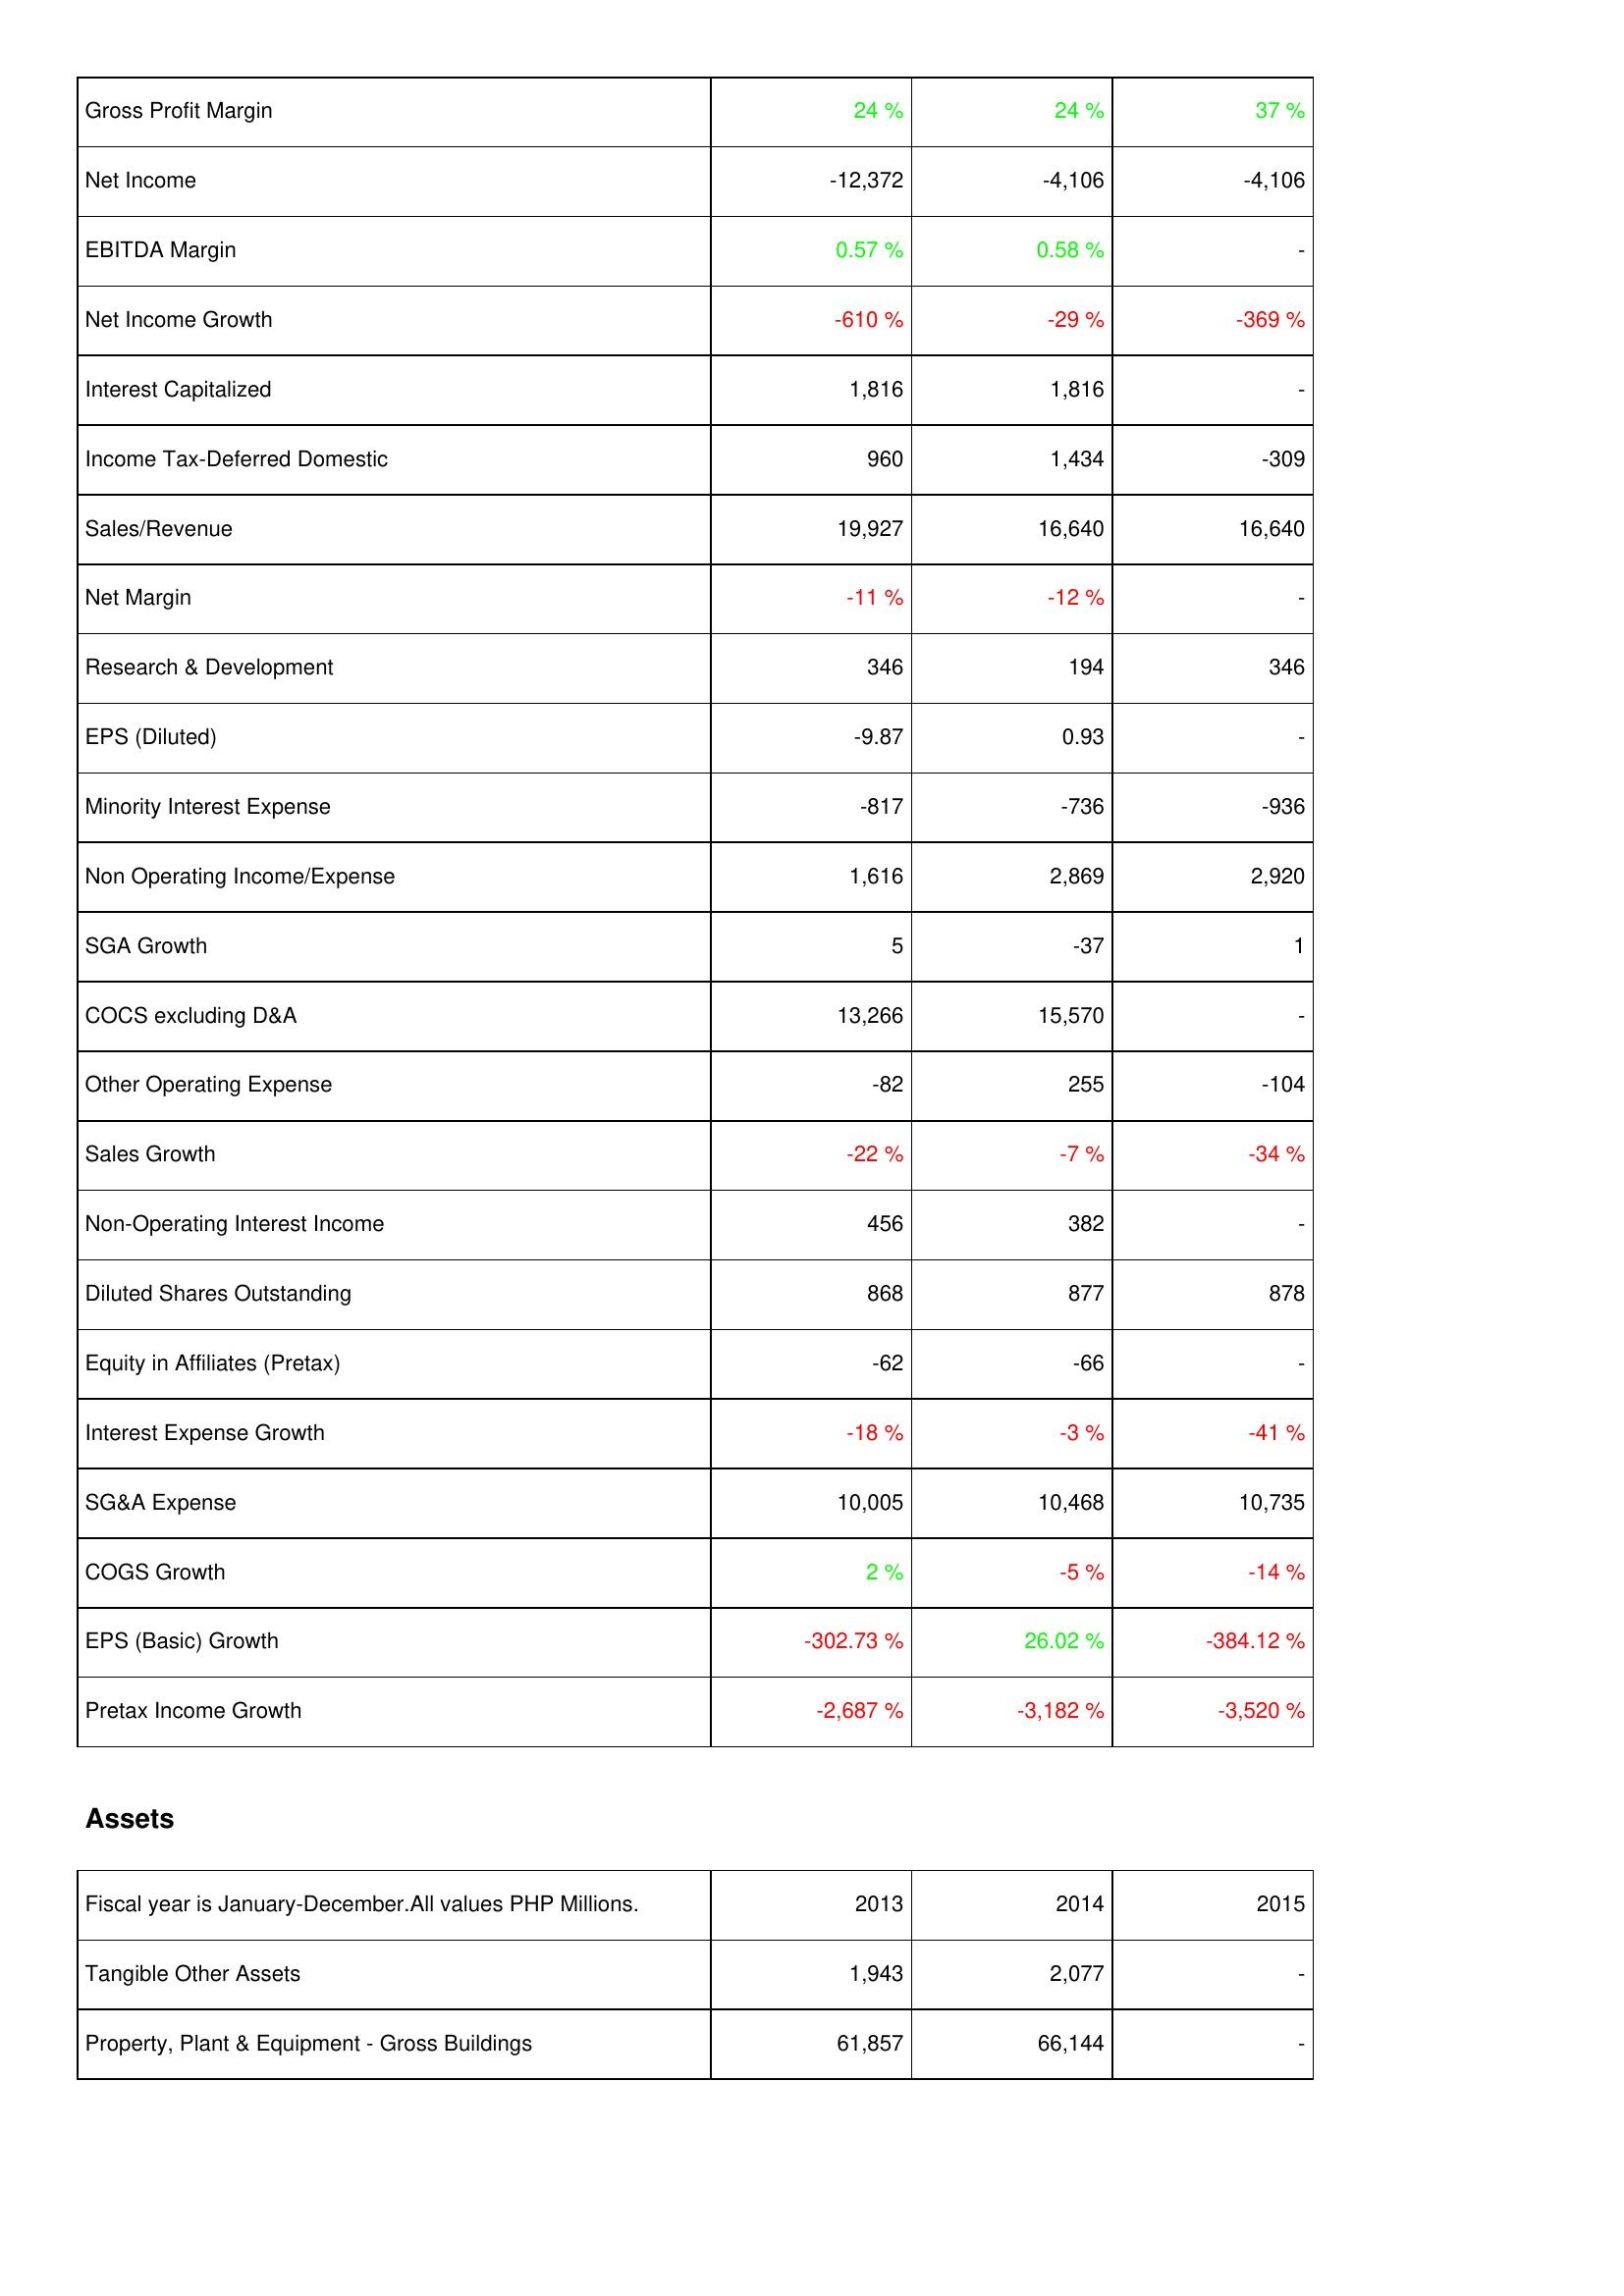
2013: Income Statement: Gross Profit Margin: 24 %
Net Income: -12,372
EBITDA Margin: 0.57 %
Net Income Growth: -610 %
Interest Capitalized: 1,816
Income Tax-Deferred Domestic: 960
Sales/Revenue: 19,927
Net Margin: -11 %
Research & Development: 346
EPS (Diluted): -9.87
Minority Interest Expense: -817
Non Operating Income/Expense: 1,616
SGA Growth: 5
COCS excluding D&A: 13,266
Other Operating Expense: -82
Sales Growth: -22 %
Non-Operating Interest Income: 456
Diluted Shares Outstanding: 868
Equity in Affiliates (Pretax): -62
Interest Expense Growth: -18 %
SG&A Expense: 10,005
COGS Growth: 2 %
EPS (Basic) Growth: -302.73 %
Pretax Income Growth: -2,687 %
Assets: Tangible Other Assets: 1,943
Property, Plant & Equipment - Gross Buildings: 61,857
2014: Income Statement: Gross Profit Margin: 24 %
Net Income: -4,106
EBITDA Margin: 0.58 %
Net Income Growth: -29 %
Interest Capitalized: 1,816
Income Tax-Deferred Domestic: 1,434
Sales/Revenue: 16,640
Net Margin: -12 %
Research & Development: 194
EPS (Diluted): 0.93
Minority Interest Expense: -736
Non Operating Income/Expense: 2,869
SGA Growth: -37
COCS excluding D&A: 15,570
Other Operating Expense: 255
Sales Growth: -7 %
Non-Operating Interest Income: 382
Diluted Shares Outstanding: 877
Equity in Affiliates (Pretax): -66
Interest Expense Growth: -3 %
SG&A Expense: 10,468
COGS Growth: -5 %
EPS (Basic) Growth: 26.02 %
Pretax Income Growth: -3,182 %
Assets: Tangible Other Assets: 2,077
Property, Plant & Equipment - Gross Buildings: 66,144
2015: Income Statement: Gross Profit Margin: 37 %
Net Income: -4,106
EBITDA Margin: -
Net Income Growth: -369 %
Interest Capitalized: -
Income Tax-Deferred Domestic: -309
Sales/Revenue: 16,640
Net Margin: -
Research & Development: 346
EPS (Diluted): -
Minority Interest Expense: -936
Non Operating Income/Expense: 2,920
SGA Growth: 1
COCS excluding D&A: -
Other Operating Expense: -104
Sales Growth: -34 %
Non-Operating Interest Income: -
Diluted Shares Outstanding: 878
Equity in Affiliates (Pretax): -
Interest Expense Growth: -41 %
SG&A Expense: 10,735
COGS Growth: -14 %
EPS (Basic) Growth: -384.12 %
Pretax Income Growth: -3,520 %
Assets: Tangible Other Assets: -
Property, Plant & Equipment - Gross Buildings: -